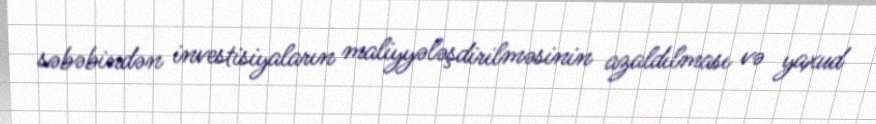
səbəbindən investisiyaların maliyyələşdirilməsinin azaldılması və yaxud